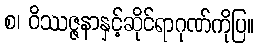
စ၊ ဝိဿဇ္ဇနာနှင့်ဆိုင်ရာဂုဏ်ကိုပြ။